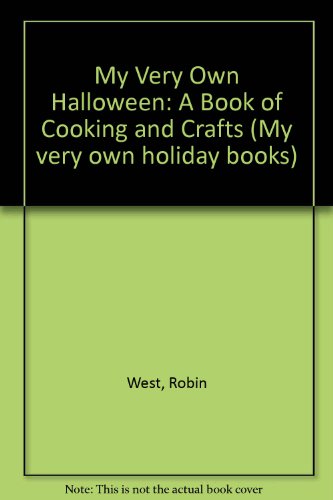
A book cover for My Very Own Halloween: A Book of Cooking and Crafts (My Very Own Holiday Books); Robin West; Teen & Young Adult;